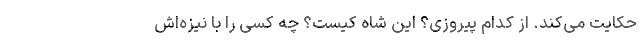
حکایت می‌کند. از کدام پیروزی؟ این شاه کیست؟ چه کسی را با نیزه‌اش